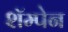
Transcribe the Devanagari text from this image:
शॅम्पेन